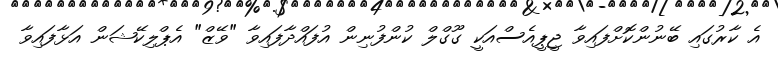
އެ ކާރުގައި ބޭނުންކޮށްފައިވާ ޖީޕީއެސްއަކީ ގޫގްލް ކުންފުނިން އުފައްދާފައިވާ "ވޭޒް" އެޕްލިކޭޝަން އަޅާފައިވާ